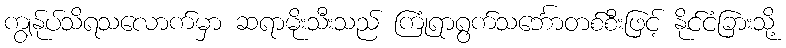
ကျွန်ုပ်သိရသလောက်မှာ ဆရာမိုးသီးသည် ကြုံရာရွက်သင်္ဘောတစ်စီးဖြင့် နိုင်ငံခြားသို့